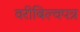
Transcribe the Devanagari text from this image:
वरीबिल्वपत्र